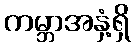
ကမ္ဘာအနှံ့ရှိ